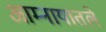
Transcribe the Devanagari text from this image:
आम्नायातले